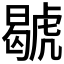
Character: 𧇷